Indian journal of veterinary science and animal husbandry - Volumes 22-23, 1952-1953
Year: 1952
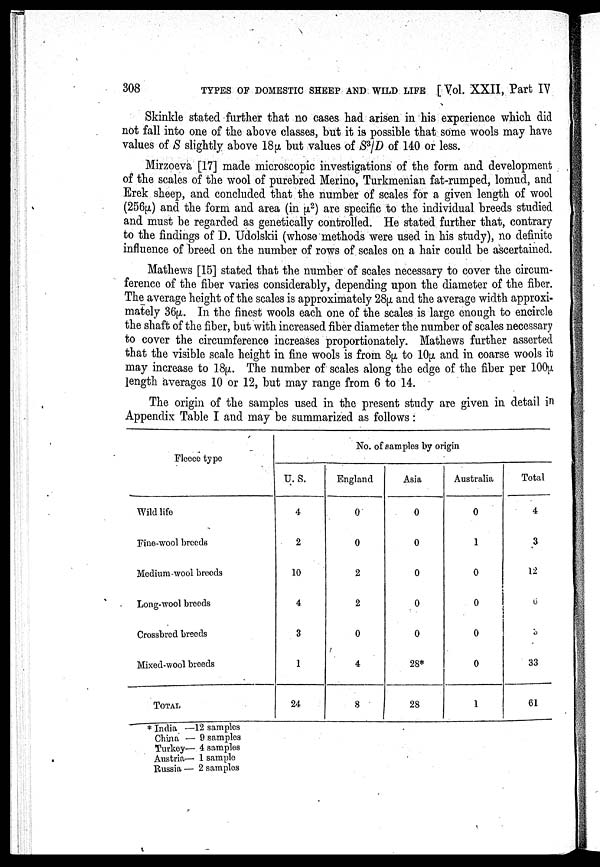
308
TYPES OF DOMESTIC SHEEP AND WILD LIFE [Vol. XXII, Part IV
Skinkle stated further that no cases had arisen in his experience which did
not fall into one of the above classes, but it is possible that some wools may have
values of S slightly above 18µ but values of S 3 /D of 140 or less.
Mirzoeva [17] made microscopic investigations' of the form and development
of the scales of the wool of purebred Merino, Turkmenian fat-rumped, lomud, and
Erek sheep, and concluded that the number of scales for a given length of wool
(256µ) and the form and area (in µ 2 ) are specific to the individual breeds studied
and must be regarded as genetically controlled. He stated further that, contrary
to the findings of D. Udolskii (whose methods were used in his study), no definite
influence of breed on the number of rows of scales on a hair could be ascertained.
Mathews [15] stated that the number of scales necessary to cover the circum-
ference of the fiber varies considerably, depending upon the diameter of the fiber.
The average height of the scales is approximately 28µ and the average width approxi-
mately 36µ. In the finest wools each one of the scales is large enough to encircle
the shaft of the fiber, but with increased fiber diameter the number of scales necessary
to cover the circumference increases proportionately. Mathews further asserted
that the visible scale height in fine wools is from 8µ to 10µ and in coarse wools it
may increase to 18µ. The number of scales along the edge of the fiber per 100µ
length averages 10 or 12, but may range from 6 to 14.
The origin of the samples used in the present study are given in detail in
Appendix Table I and may be summarized as follows :
Fleece type
Wild life
Fine-wool breeds
Medium-wool breeds
Long-wool breeds
Crossbred breeds
Mixed-wool breeds
TOTAL
No. of samples by origin
U. S.
4
2
10
4
3
1
24
England
0
0
2
2
0
4
8
Asia
0
0
0
0
0
28*
28
Australia
0
1
0
0
0
0
1
Total
4
3
12
6
3
33
61
* India —12 samples
China — 9 samples
Turkey— 4 samples
Austria— 1 sample
Russia — 2 samples